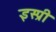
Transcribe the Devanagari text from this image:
इस्प्री